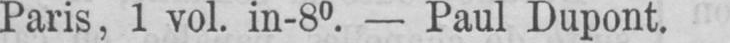
Paris, 1 vol. in-80. - Paul Dupont.